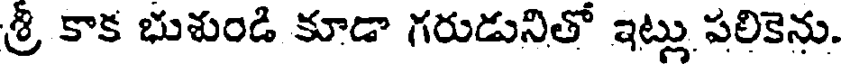
శ్రీ కాక భుశుండి కూడా గరుడునితో ఇట్లు పలికెను.